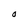
Character: O